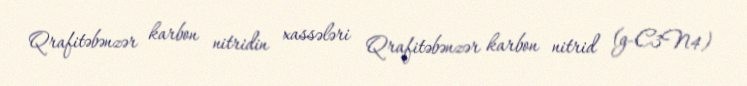
Qrafitəbənzər karbon nitridin xassələri Qrafitəbənzər karbon nitrid (g-C3N4)